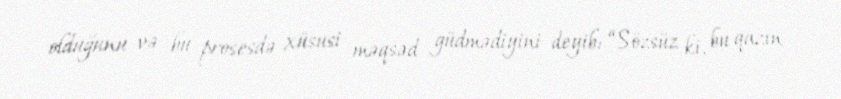
olduğunu və bu prosesdə xüsusi məqsəd güdmədiyini deyib: “Sözsüz ki, bu qazın